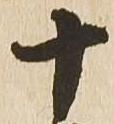
十